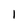
Character: 1